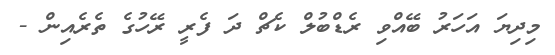
މިދިޔަ އަހަރު ބޭއްވި ރެޑްބުލް ކެޗް ދަ ފެރީ ރޭހުގެ ތެރެއިން -